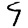
Digit: 9